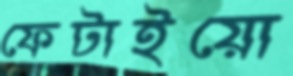
ফেটাইয়ো